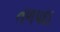
તળપદા